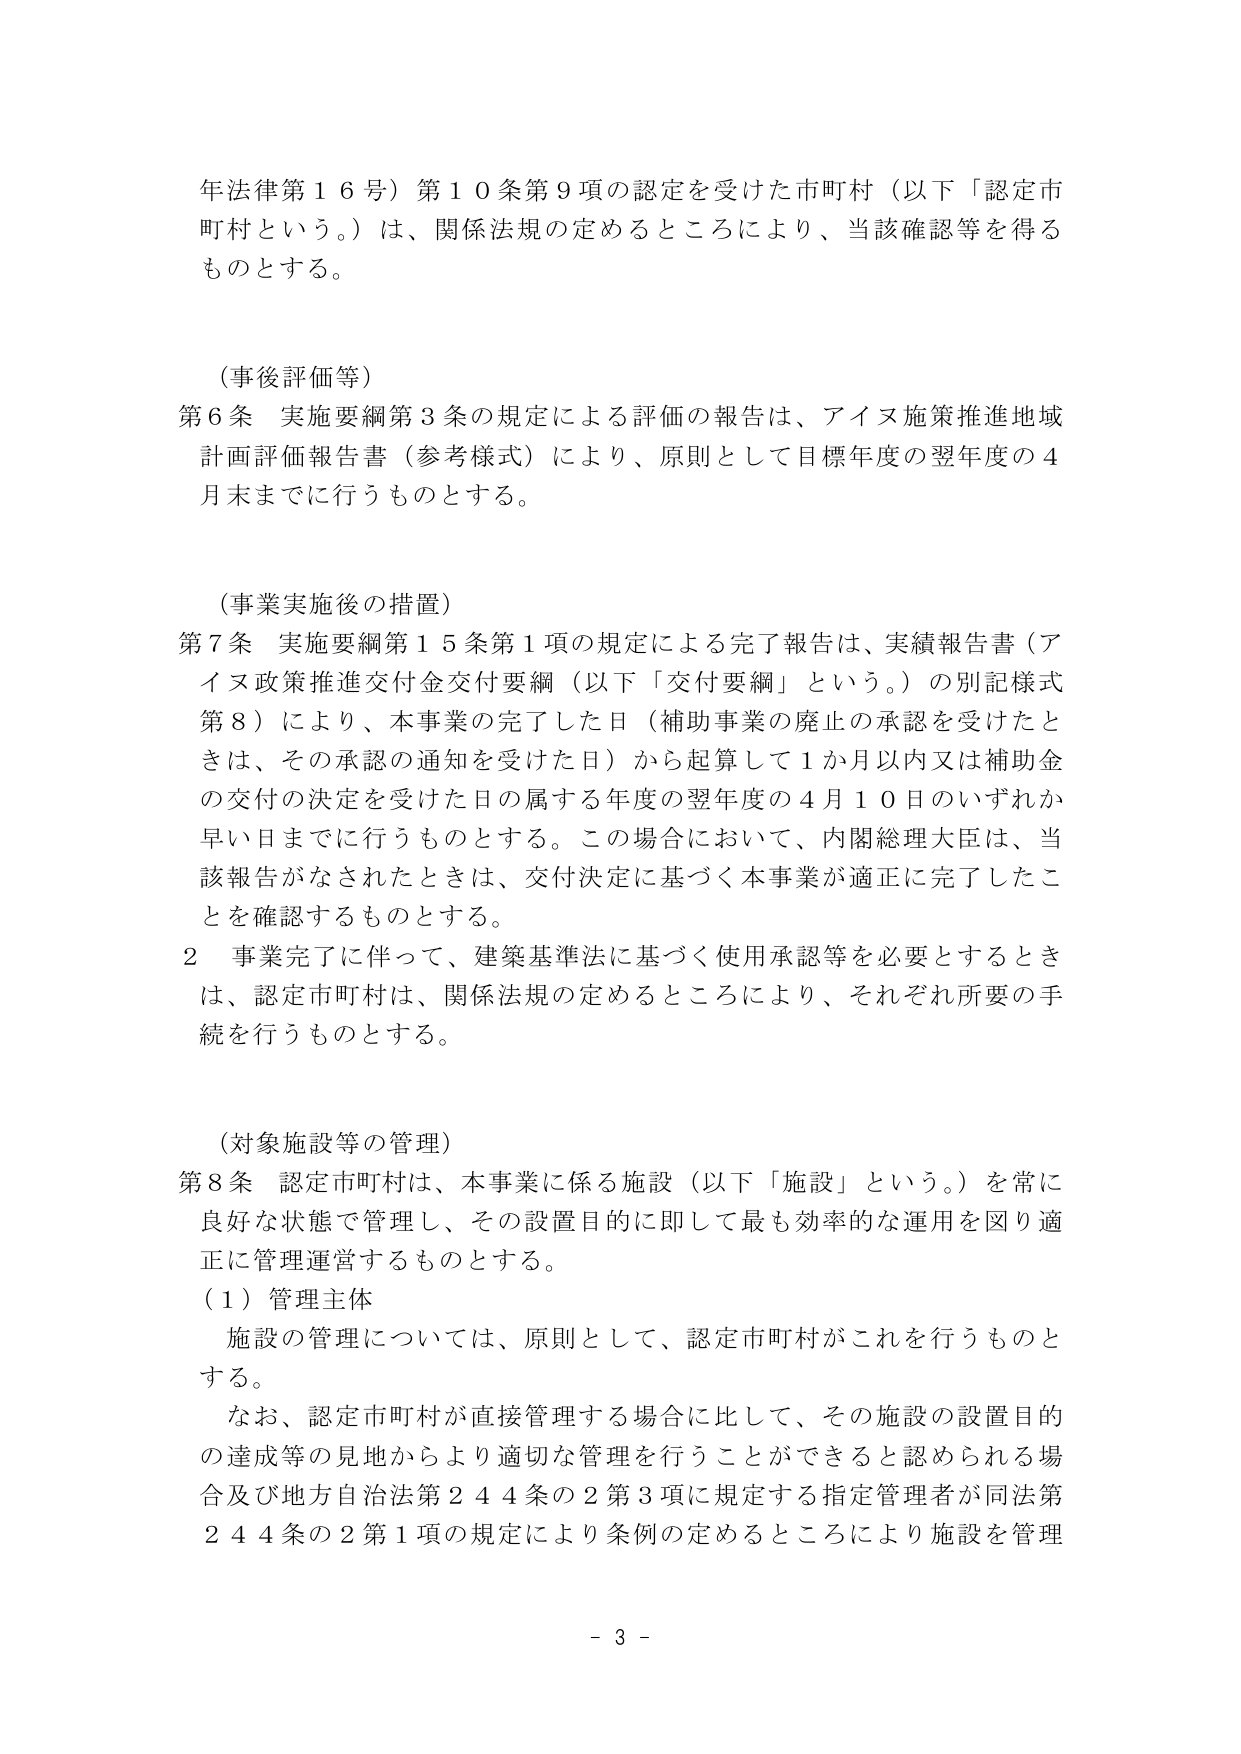
年法律第１６号）第１０条第９項の認定を受けた市町村（以下「認定市町村という。）は、関係法規の定めるところにより、当該確認等を得るものとする。

（事後評価等）
第６条 実施要綱第３条の規定による評価の報告は、アイヌ施策推進地域計画評価報告書（参考様式）により、原則として目標年度の翌年度の４月末までに行うものとする。

（事業実施後の措置）
第７条 実施要綱第１５条第１項の規定による完了報告は、実績報告書（アイヌ政策推進交付金交付要綱（以下「交付要綱」という。）の別記様式第８）により、本事業の完了した日（補助事業の廃止の承認を受けたときは、その承認の通知を受けた日）から起算して１か月以内又は補助金の交付の決定を受けた日の属する年度の翌年度の４月１０日のいずれか早い日までに行うものとする。この場合において、内閣総理大臣は、当該報告がなされたときは、交付決定に基づく本事業が適正に完了したことを確認するものとする。
２ 事業完了に伴って、建築基準法に基づく使用承認等を必要とするときは、認定市町村は、関係法規の定めるところにより、それぞれ所要の手続を行うものとする。

（対象施設等の管理）
第８条 認定市町村は、本事業に係る施設（以下「施設」という。）を常に良好な状態で管理し、その設置目的に即して最も効率的な運用を図り適正に管理運営するものとする。
（１）管理主体
施設の管理については、原則として、認定市町村がこれを行うものとする。
なお、認定市町村が直接管理する場合に比して、その施設の設置目的の達成等の見地からより適切な管理を行うことができると認められる場合及び地方自治法第２４４条の２第３項に規定する指定管理者が同法第２４４条の２第１項の規定により条例の定めるところにより施設を管理

- 3 -